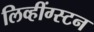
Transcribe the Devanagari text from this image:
लिव्हींग्स्टन